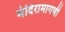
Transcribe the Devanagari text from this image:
मंदिरामागची